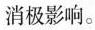
消极影响。